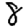
Digit: 8